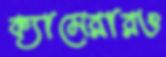
ক্যামেরারও